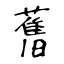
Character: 𦾔